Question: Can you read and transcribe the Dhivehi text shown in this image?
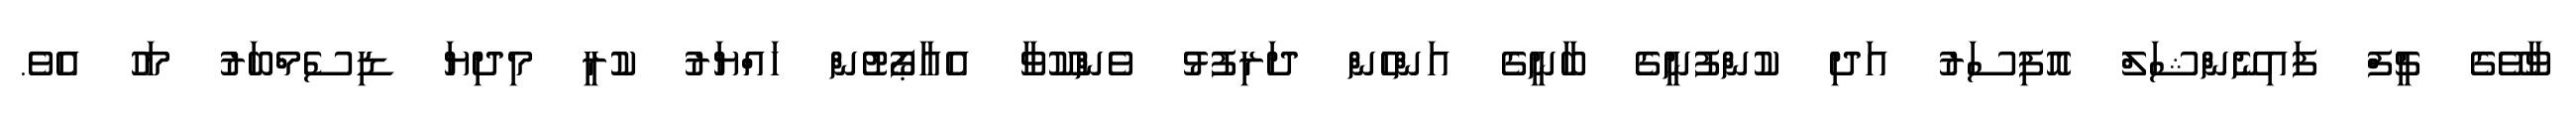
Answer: ވާވޭގެ ޗީފް ފައިނޭންޝަލް އޮފިސަރު އަދި ކުންފުނީގެ ބާނީގެ އަންހެން ދަރިފުޅު ވެންކޫވާ އެއާޕޯޓުން ހައްޔަރު ކުރީ މިދިޔަ ޑިސެމްބަރު މަހު އެވެ.